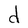
Character: d